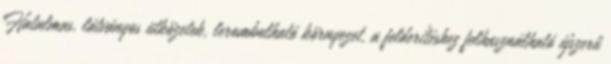
Hatalmas, látványos ütközetek, lerombolható környezet, a felderítéshez felhasználható újszerű